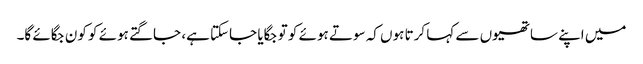
میں اپنے ساتھیوں سے کہا کرتا ہوں کہ سوتے ہوئے کو تو جگایا جاسکتا ہے، جاگتے ہوئے کو کون جگائے گا۔